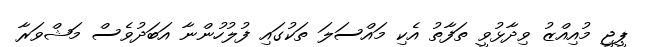
ޕީޖީ މުއިއްޒު ވިދާޅުވީ ތަފާތު އެކި މައްސަލަ ތަކުގައި ފުލުހުންނާ އަބަދުވެސް މަޝްވަރާ